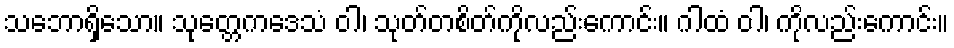
သဘောရှိသော။ သုတ္တေကဒေသံ ဝါ၊ သုတ်တစိတ်ကိုလည်းကောင်း။ ဂါထံ ဝါ၊ ကိုလည်းကောင်း။